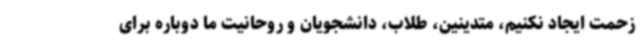
زحمت ایجاد نکنیم، متدینین، طلاب، دانشجویان و روحانیت ما دوباره برای